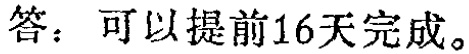
答：可以提前16天完成。